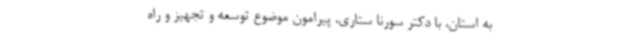
به استان، با دکتر سورنا ستاری، پیرامون موضوع توسعه و تجهیز و راه‌